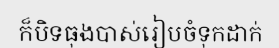
ក៏បិទធុងបាស់រៀបចំទុកដាក់